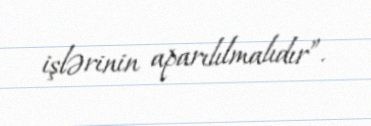
işlərinin aparılılmalıdır”.